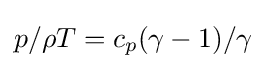
p/\rho T=c_{p}(\gamma -1)/\gamma